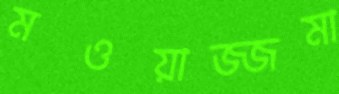
মওয়াজ্জমা